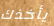
يأخذك